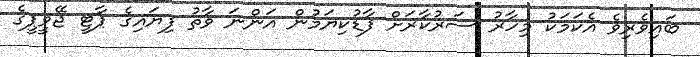
ބައިވެރިވެ އެކަމަކު މިހާރު ސަރުކާރަށް ފާޑުކިޔަމުން އަންނަ ވާތު ފިޔައިގެ ޕާޓީ ޖޭވީޕީގެ